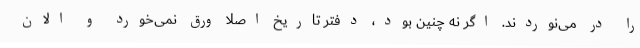
را در می‌نوردند. اگر نه چنین بود، دفتر تاریخ اصلا ورق نمی‌خورد و الان